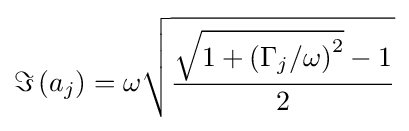
\Im \left(a_{j}\right)=\omega {\sqrt {\frac {{\sqrt {1+\left(\Gamma _{j}/\omega \right)^{2}}}-1}{2}}}